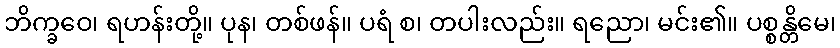
ဘိက္ခဝေ၊ ရဟန်းတို့။ ပုန၊ တစ်ဖန်။ ပရံ စ၊ တပါးလည်း။ ရညော၊ မင်း၏။ ပစ္စန္တိမေ၊